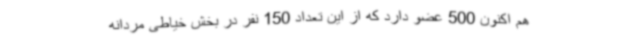
هم اکنون 500 عضو دارد که از این تعداد 150 نفر در بخش خیاطی مردانه